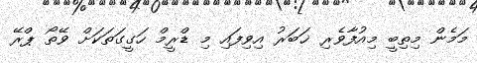
މަމެން މިތިބީ މިއުފާވެރި ޚަބަރު އިވިފައި މި ޑްރީމް ހަގީގަތަކަށް ވޭތޯ ޕްރޭ